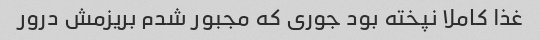
غذا کاملا نپخته بود جوری که مجبور شدم بریزمش درور